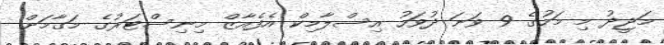
މަޖީދު މި މަހުގެ 9 ވަނަ ދުވަހު އިސްލާމިކް އެފެއާޒް މިނިސްޓަރުގެ މަގާމަށް